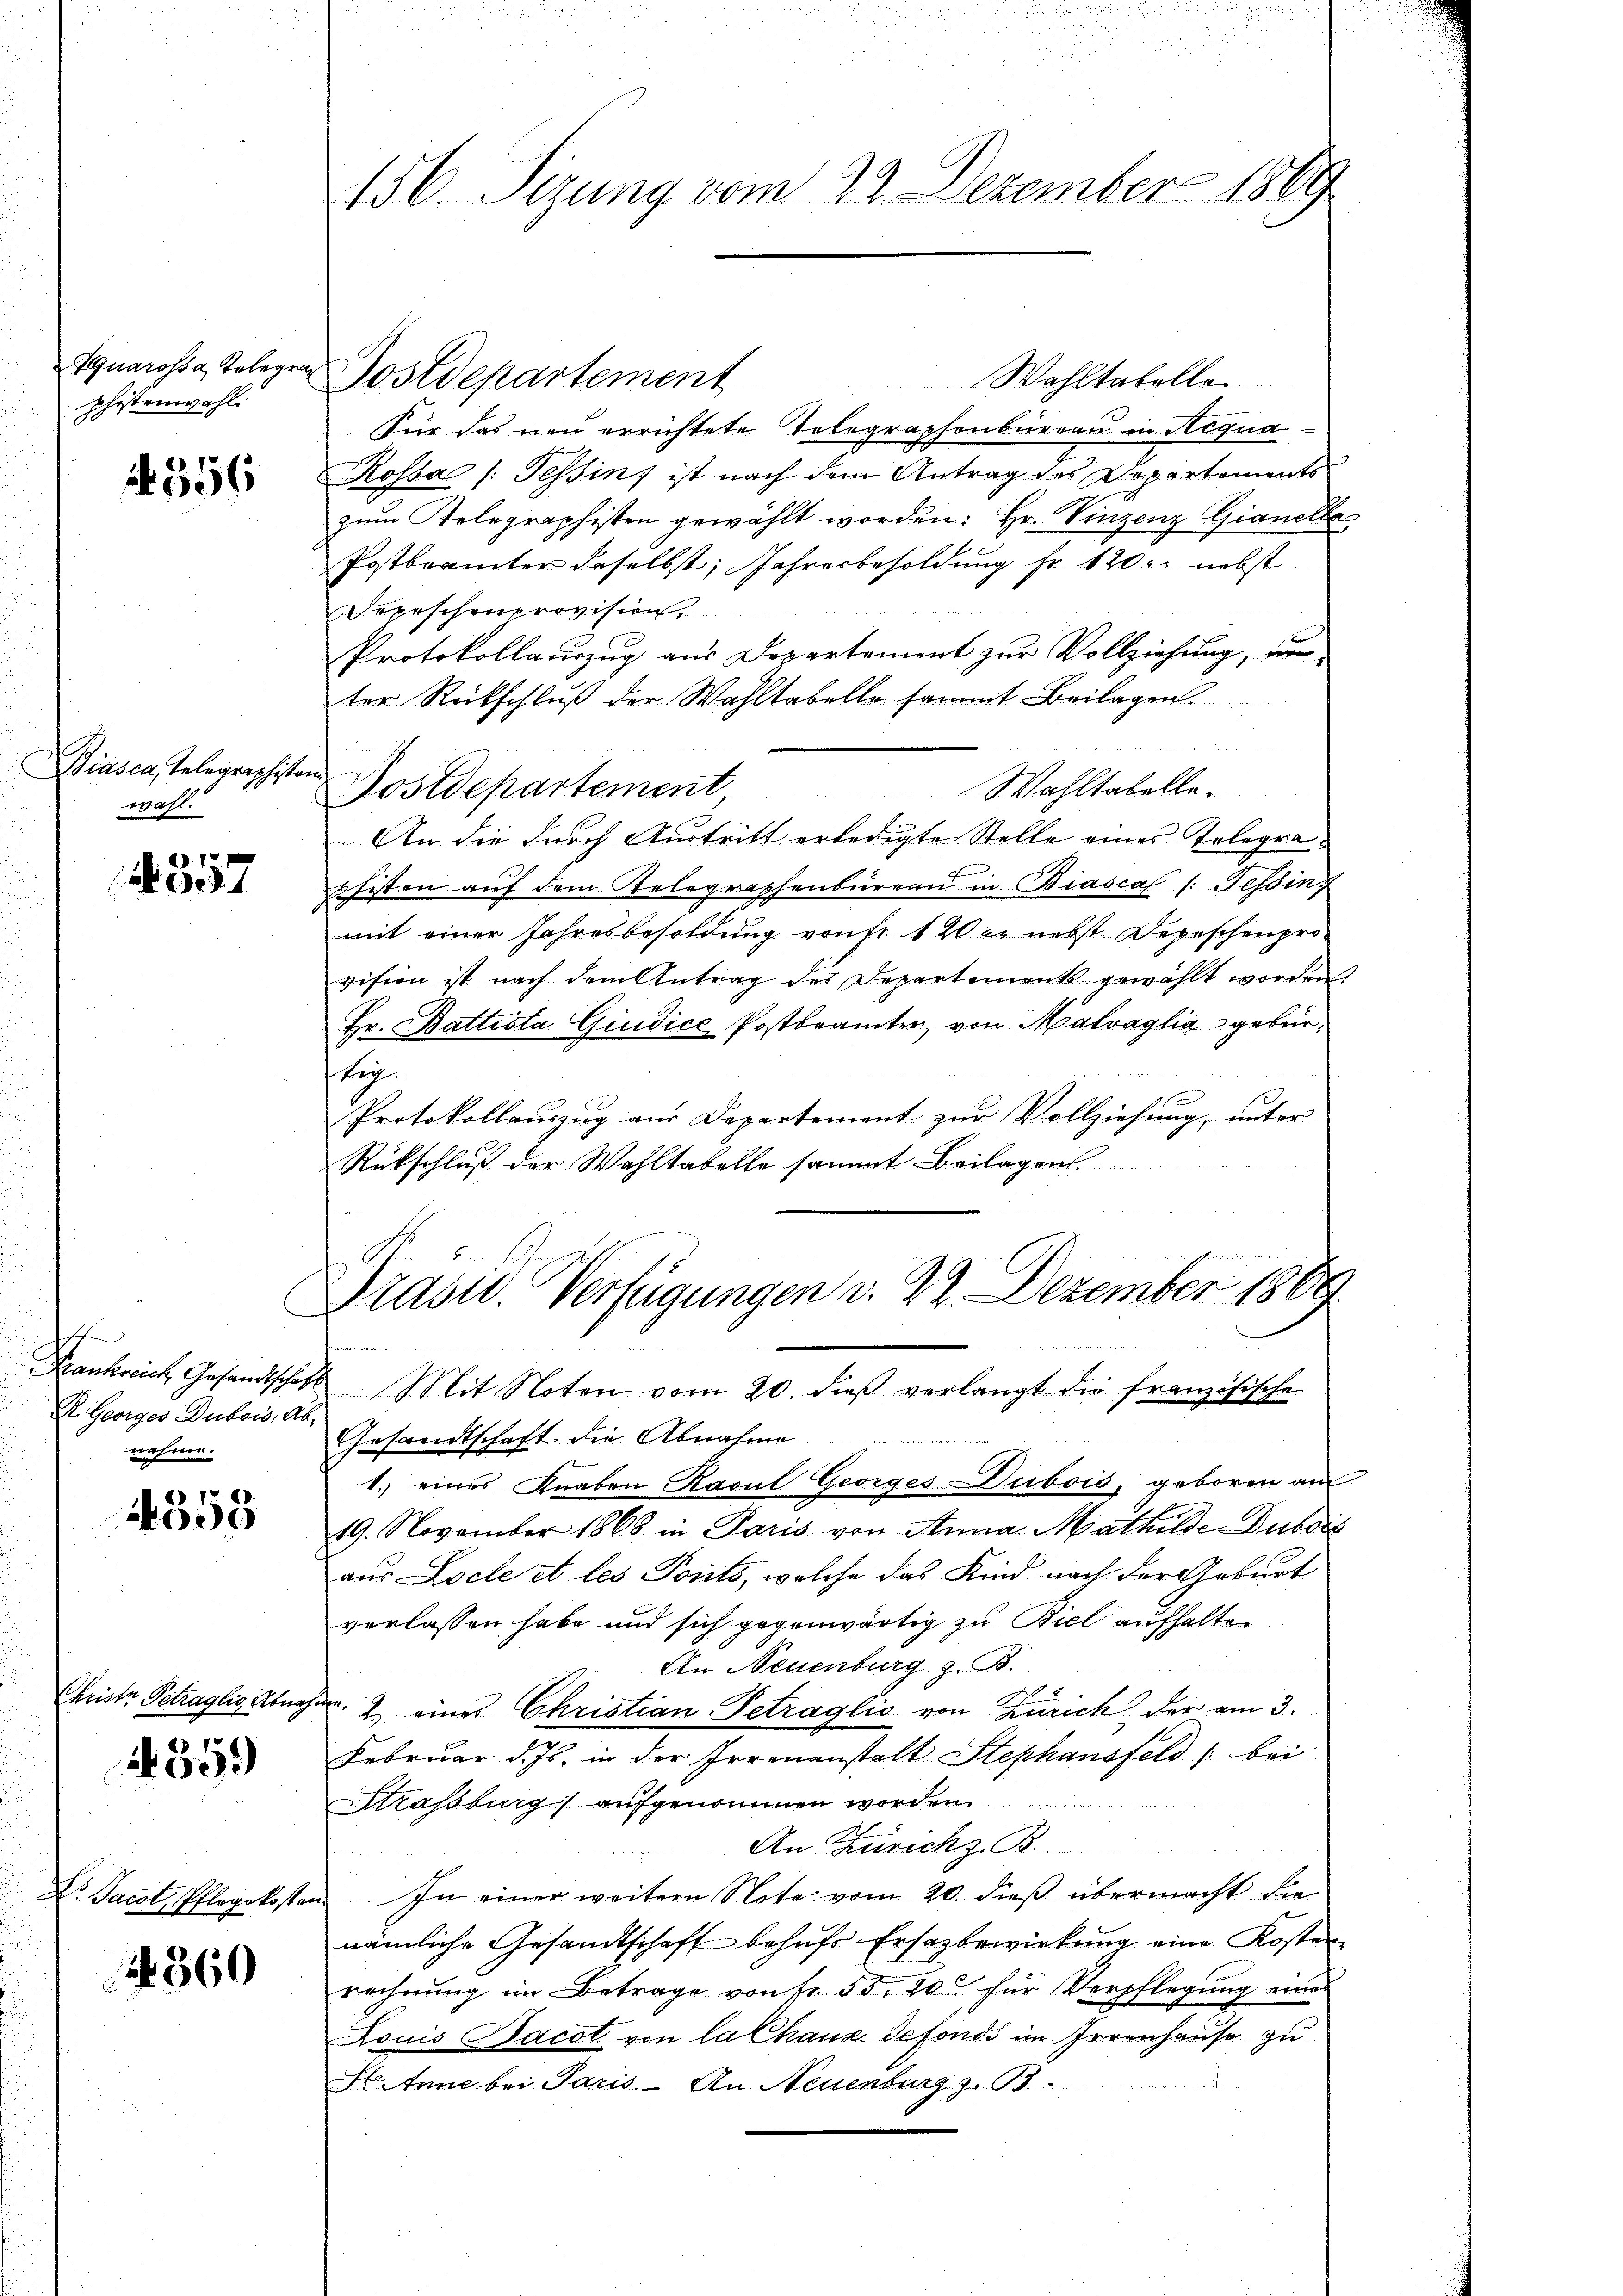
Aquarossa, Telegrap
phistenwahl.

356

Biasca, Telegraphiston
wahl.

4357

b
K. Georges Dubois, Abnahme.

4558

Christe Schraglio Abnahme

4359)

360

Wohltatelle
Für das neu errichtete Telegraphenburgau in Requa¬
Kossa /: Tessin, ist nach dem Antrag des Departements
zum Telegraphisten gewählt worden: Hr. Vinzenz Gianelle
Postbeamter daselbst, Jahresbesoldung fr. 120. nebst
Depeschenprovision,
Protokollauszug aus Departement zur Vollziehung, un
ter Rückschluß der Wahltabelle sammt Beilagen.
 Been
Wahltabelle¬
Postdepartement
An die durch Austritt erledigte Stelle eines Telegrashisten auf dem Relegraphenbüreau in Biascal /: Tessing
mit einer Jahresbesoldung vonst 1 20. nebst Depeschenpro
vision ist nach dem Antrag des Departements gewählt worden.
Hr. Battista Giudice Postbeamter, von Malvaglia gebürtig.
f
Protokollauszug aus Departement zur Vollziehung, unter
Rückschluß der Wahltabelle sammt Beilagen
Prast. Verfügungen v. 22. Dezember 1889.
Frankreich Gesandtschaft Mit Noten vom 20. dieβ verlangt die französische
Gesandtschaft die Abnahme
1.) eines Knaben Ravul Georges Dubois, geboren an
19. November 1868 in Paris von Anna Mathilde-Dubois
aus Locle et les Ponts, welche das Kind nach der Geburt
verlassen habe und sich gegenwärtig zu Biel aufhalten
An Neuenburg z. B.
2 eines Christian Getraglio von Zürich der am 3.
Februar d. Js. in der Irrenanstalt Stephansfeld bei
Strassburg) aufgenommen worden.
An Zürich z. B.
Dr. Jacot, Pflegekosten. In einer weitere Note vom 20. dieß übermacht die
nämliche Gesandtschaft behŭfs Ersazbewirkung eine Kosten
rechnung im Betrage von Fr. 55. 20 für Verpflegung eines
Louis Bacot von la Chaus defonds im Irrenhause zu
St. Anne bei Paris. — An Neuenburg z. B.

156. Sizung vom 29. Dezember 1869

Postdepartement